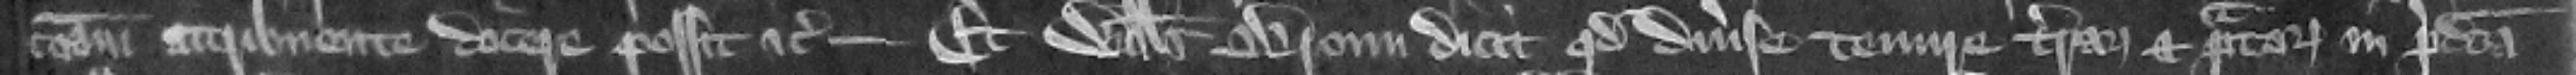
communam attribuente docere possit etc. --- Et Willelmus Broun dicit quod diuerse tenure terrarum et pratorum in predicta